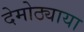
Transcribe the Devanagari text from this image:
देमोठ्याया